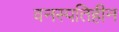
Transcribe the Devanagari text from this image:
वनस्पतिहीन